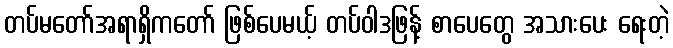
တပ်မတော်အရာရှိကတော် ဖြစ်ပေမယ့် တပ်ဝါဒဖြန့် စာပေတွေ အသားပေး ရေးတဲ့